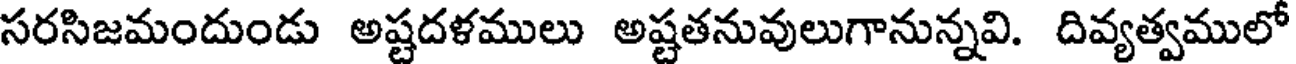
సరసిజమందుండు అష్టదళములు అష్టతనువులుగానున్నవి. దివ్యత్వములో